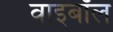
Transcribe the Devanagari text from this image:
वाइबॉल